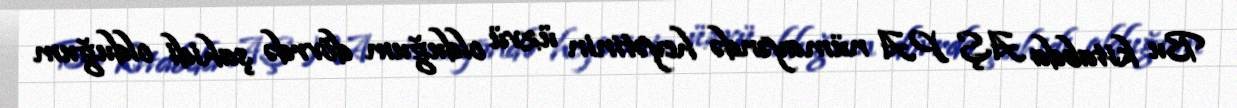
Bu kitabda AŞ PA nümayəndə heyətinin üzvü olduğum dövrdə şahidi olduğum